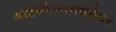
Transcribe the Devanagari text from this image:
सांडणीस्वारांबरोबर